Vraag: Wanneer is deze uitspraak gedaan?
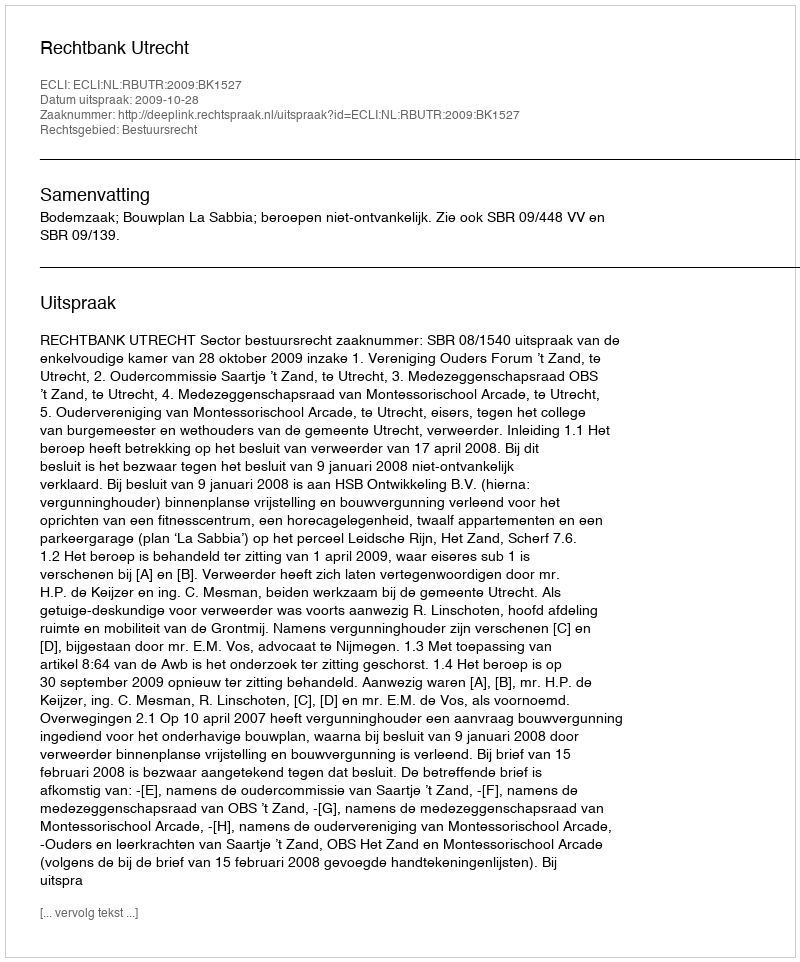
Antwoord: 2009-10-28